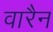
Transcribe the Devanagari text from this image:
वारैन